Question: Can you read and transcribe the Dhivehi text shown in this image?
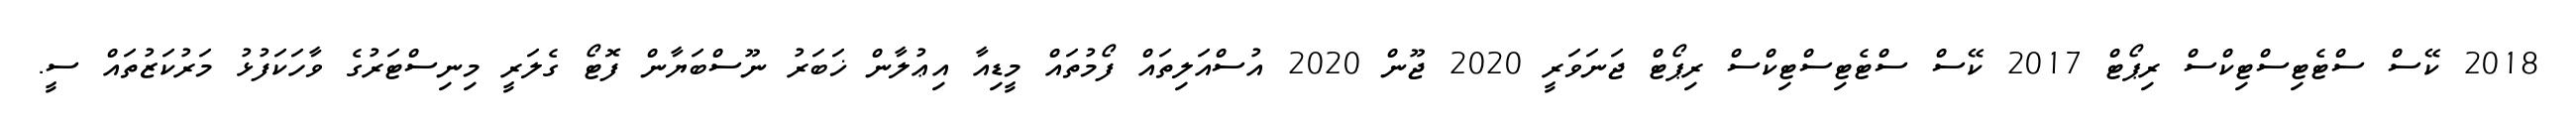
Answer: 2018 ކޭސް ސްޓެޓިސްޓިކްސް ރިޕޯޓް 2017 ކޭސް ސްޓެޓިސްޓިކްސް ރިޕޯޓް ޖަނަވަރީ 2020 ޖޫން 2020 އުސްއަލިތައް ފޯމުތައް މީޑިއާ އިޢުލާން ޚަބަރު ނޫސްބަޔާން ފޮޓޯ ގެލަރީ މިނިސްޓަރުގެ ވާހަކަފުޅު މަރުކަޒުތައް ސީ.